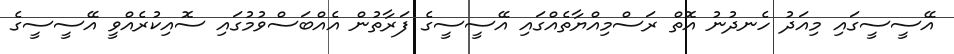
އޭސީސީގައި މިއަދު ހެނދުނު އޮތް ރަސްމިއްޔާތެއްގައި އޭސީސީގެ ފަރާތުން އެއްބަސްވުމުގައި ސޮއިކުރެއްވީ އޭސީސީގެ